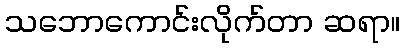
သဘောကောင်းလိုက်တာ ဆရာ။